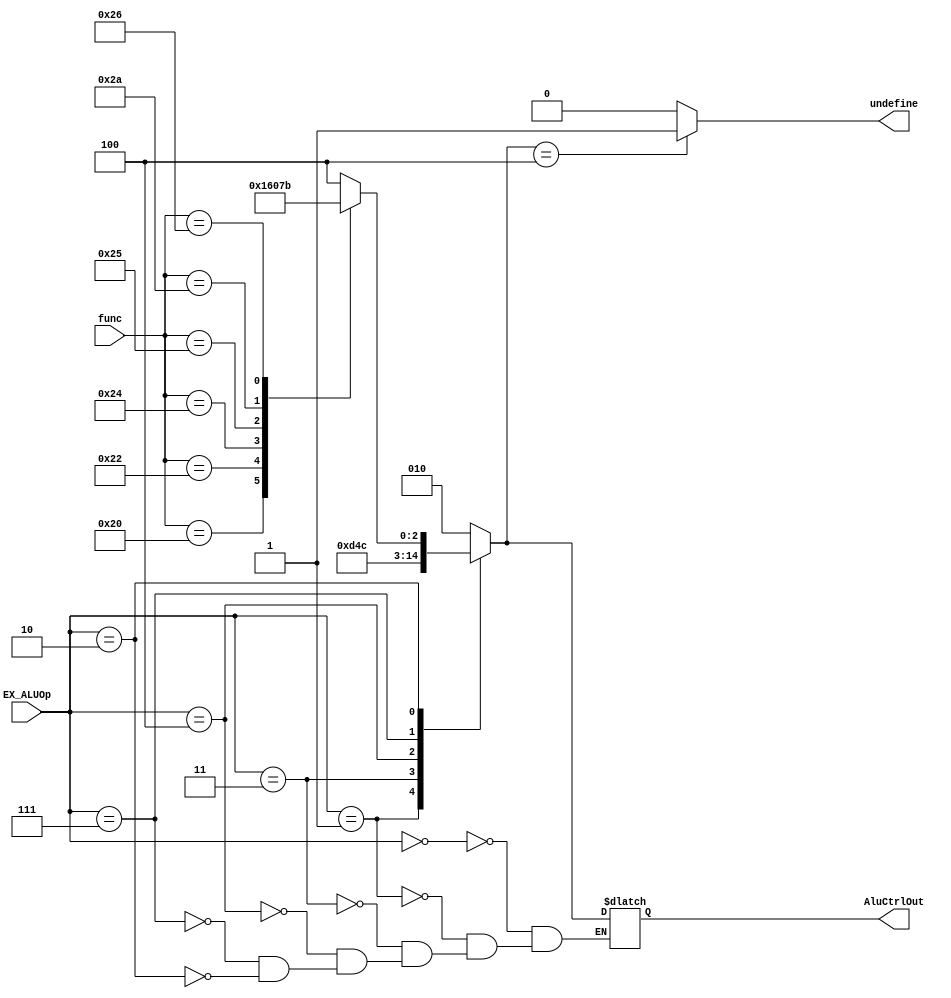
module alu_ctrl(func, EX_ALUOp, AluCtrlOut, undefine);
    input       [5:0] func;
    input       [2:0] EX_ALUOp;

    output reg  [2:0] AluCtrlOut;
    output reg  undefine;
    
    always @(*) begin
        case(EX_ALUOp)
            3'b000 : AluCtrlOut = 3'b010; //LW
            3'b000 : AluCtrlOut = 3'b010; //SW
            3'b001 : AluCtrlOut = 3'b110; //BEQ
            3'b011 : AluCtrlOut = 3'b101; //LUI
            3'b100 : AluCtrlOut = 3'b001; //ORI
            3'b111 : AluCtrlOut = 3'b100; //

            3'b010://R
                begin
                    case(func)
                        6'b100000 : AluCtrlOut = 3'b010; //ADD
                        6'b100010 : AluCtrlOut = 3'b110; //SUB
                        6'b100100 : AluCtrlOut = 3'b000; //AND
                        6'b100101 : AluCtrlOut = 3'b001; //OR
                        6'b101010 : AluCtrlOut = 3'b111; //SLT
                        6'b100110 : AluCtrlOut = 3'b011; //XOR
                        default   : AluCtrlOut = 3'b100; //
                    endcase
                end
        endcase    

        if(AluCtrlOut == 3'b100)//
            begin
                undefine = 1;
            end
        else
            begin
                undefine = 0;
            end
    end

    // initial
    //     begin
    //       $display("aluctr");
    //     end
endmodule //aluctrl